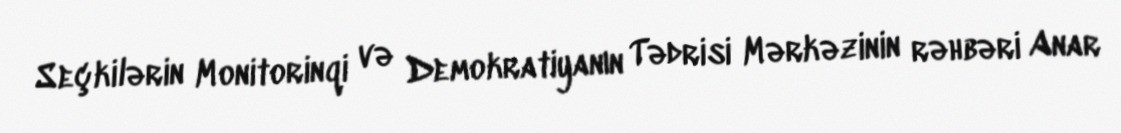
Seçkilərin Monitorinqi və Demokratiyanın Tədrisi Mərkəzinin rəhbəri Anar